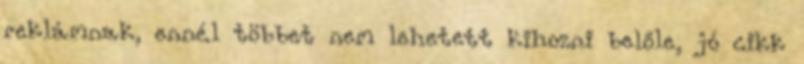
reklámnak, ennél többet nem lehetett kihozni belőle, jó cikk